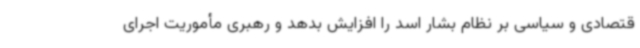
قتصادی و سیاسی بر نظام بشار اسد را افزایش بدهد و رهبری مأموریت اجرای